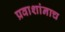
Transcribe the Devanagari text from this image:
प्रवाशांनाच